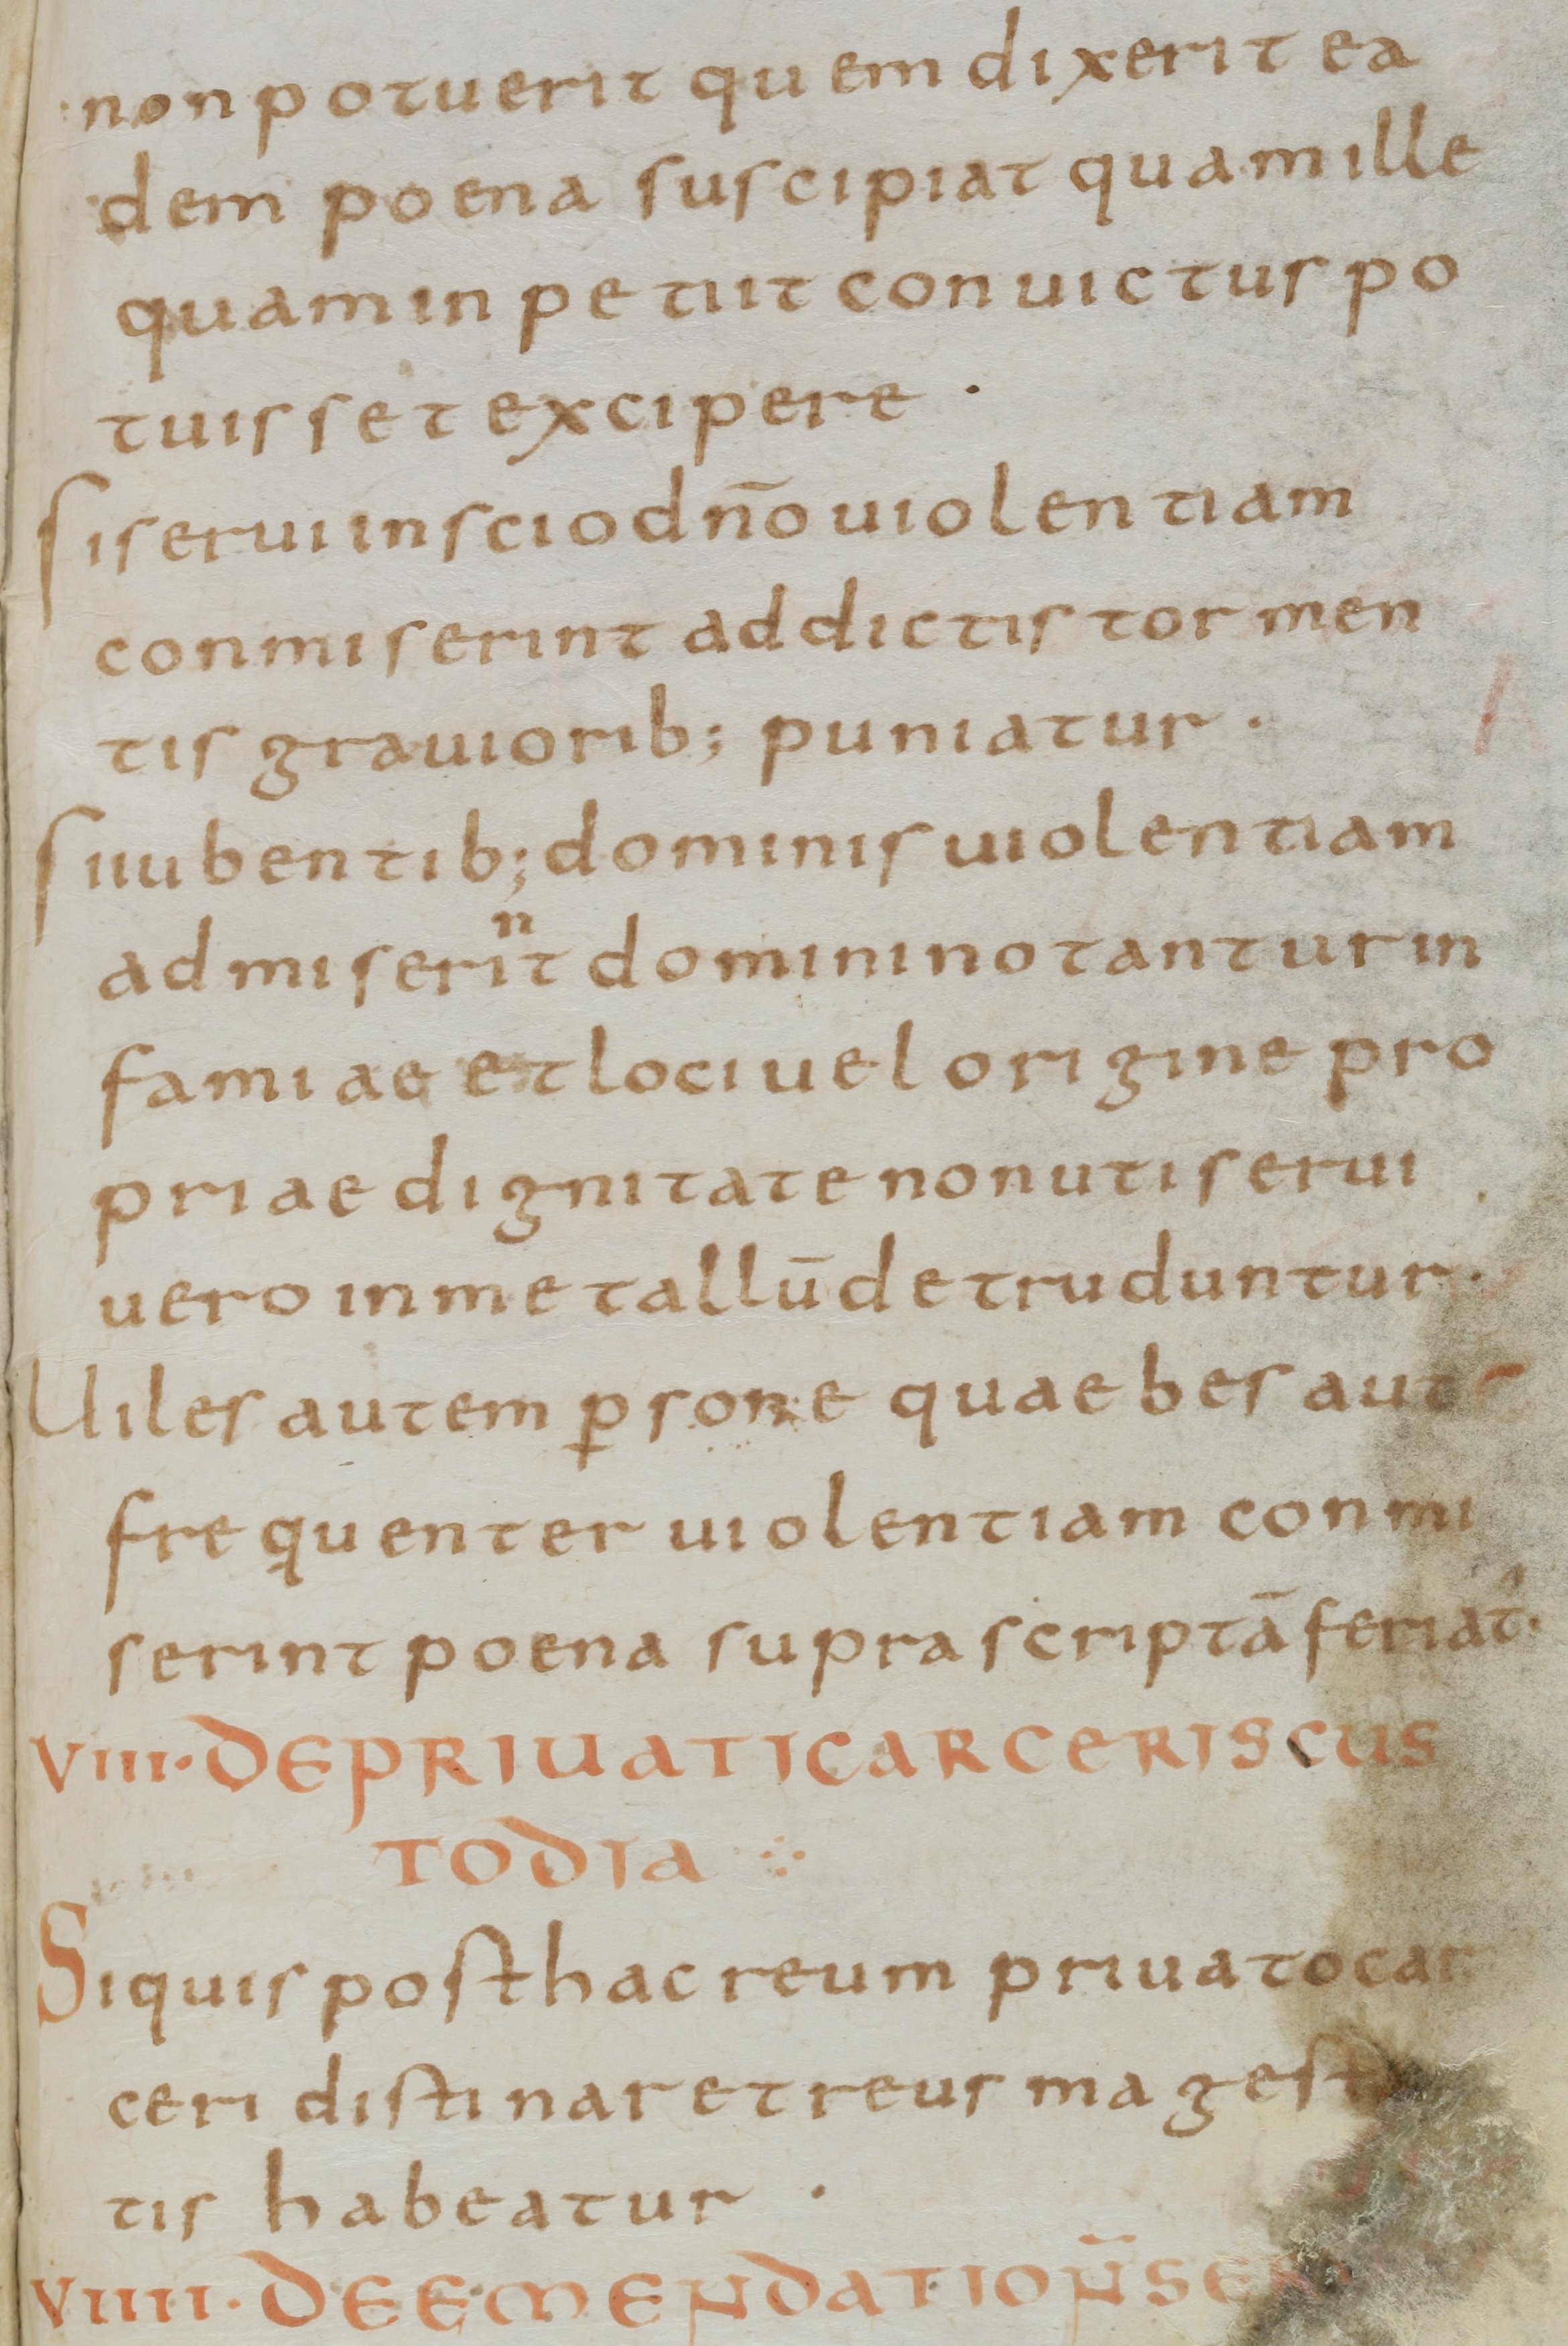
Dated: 800–830